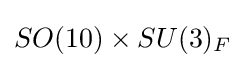
SO(10)\times SU(3)_{F}